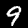
Label: 9